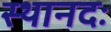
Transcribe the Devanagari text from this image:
स्थानदः